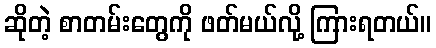
ဆိုတဲ့ စာတမ်းတွေကို ဖတ်မယ်လို့ ကြားရတယ်။